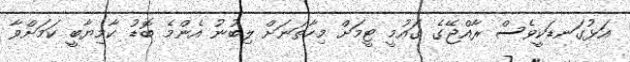
އަޅުގަނޑަކީވެސް ރާއްޖޭގެ ގައުމީ ޓީމަށް މިހާތަނަށް ލިބުނު އެންމެ ބޮޑު ކާމިޔާބީ ކަމަށްވާ